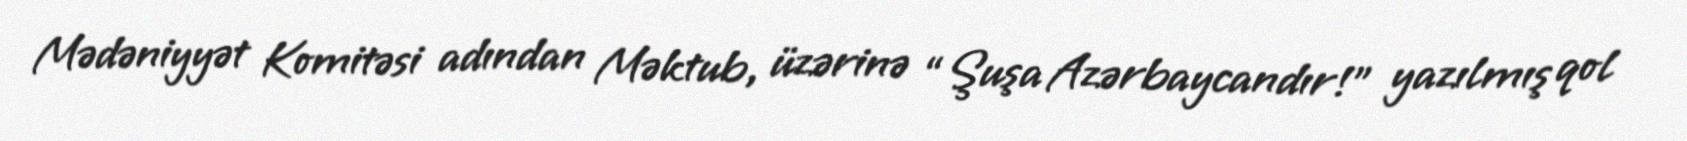
Mədəniyyət Komitəsi adından Məktub, üzərinə “Şuşa Azərbaycandır!” yazılmış qol